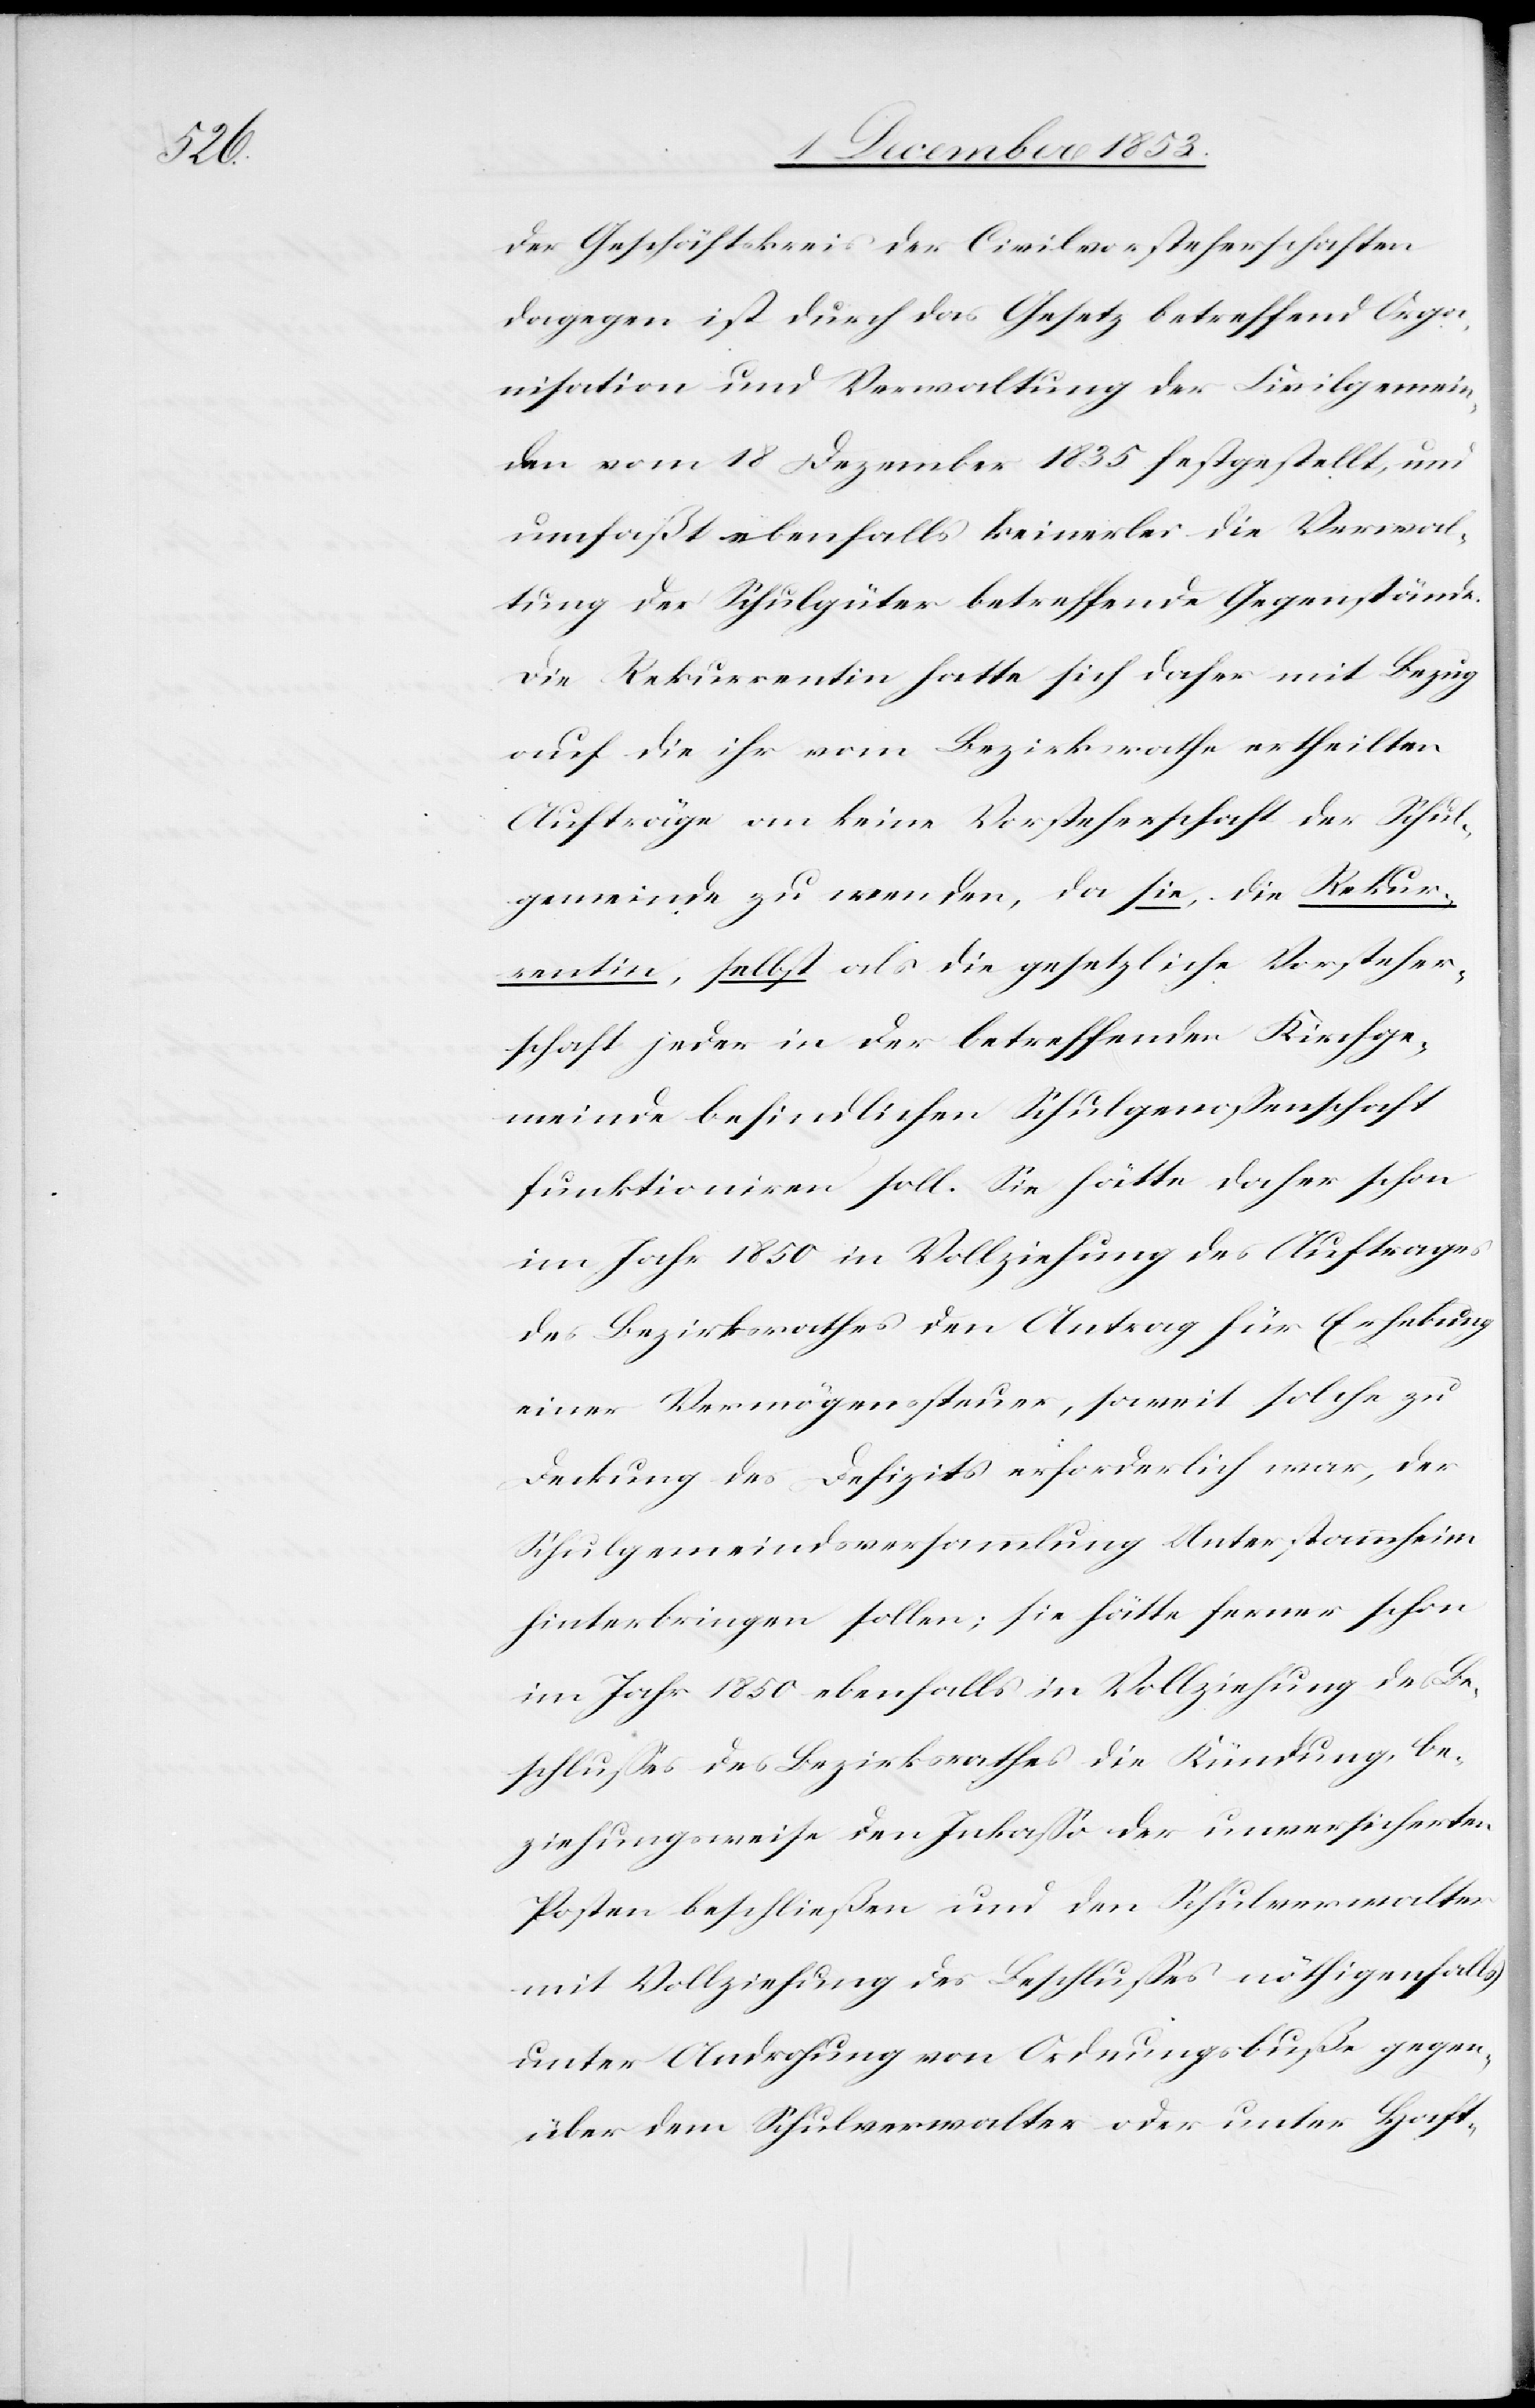
Der Geschäftskreis der Civilvorsteherschaften
dagegen ist durch das Gesetz betreffend Orga¬
nisation und Verwaltung der Civilgemein¬
den vom 18 Dezember 1835 festgestellt, und
umfaßt ebenfalls keinerlei die Verwal¬
tung der Schulgüter betreffende Gegenstände.
Die Rekurrentin hatte sich daher mit Bezug
auf die ihr vom Bezirksrathe ertheilten
Aufträge an keine Vorsteherschaft der Schul¬
gemeinde zu wenden, da sie, die Rekur¬
rentin, selbst als die gesetzliche Vorsteher¬
schaft jeder in der betreffenden Kirchge¬
meinde befindlichen Schulgenoßenschaft
funktioniren soll. Sie hätte daher schon
im Jahr 1850 in Vollziehung des Auftrages
des Bezirksrathes den Antrag für Erhebung
einer Vermögenssteuer, soweit solche zu
Deckung des Defizits erforderlich war, der
Schulgemeindsversammlung Unterstammheim
hinterbringen sollen; sie hätte ferner schon
im Jahr 1850 ebenfalls in Vollziehung des Be¬
schlußes des Bezirksrathes die Kündung, be¬
ziehungsweise den Inkaßo der unversicherten
Posten beschließen und die Schulverwalter
mit Vollziehung des Beschlußes nöthigenfalls
unter Androhung von Ordnungsbuße gegen
über dem Schulverwalter oder unter Haft-